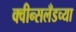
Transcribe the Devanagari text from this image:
क्वीन्सलँडच्या